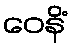
ဝေနိံ